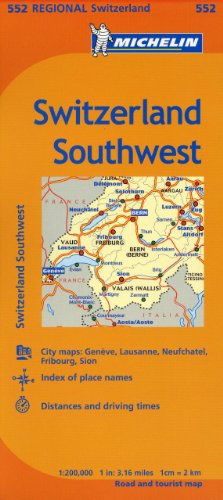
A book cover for Michelin Switzerland: Southwest Map 552 (Maps/Regional (Michelin)); Michelin Travel & Lifestyle; Travel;